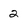
Character: 2